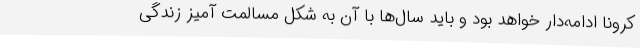
کرونا ادامه‌دار خواهد بود و باید سال‌ها با آن به شکل مسالمت آمیز زندگی